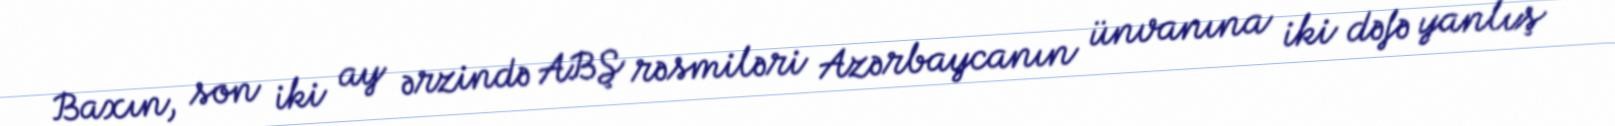
Baxın, son iki ay ərzində ABŞ rəsmiləri Azərbaycanın ünvanına iki dəfə yanlış